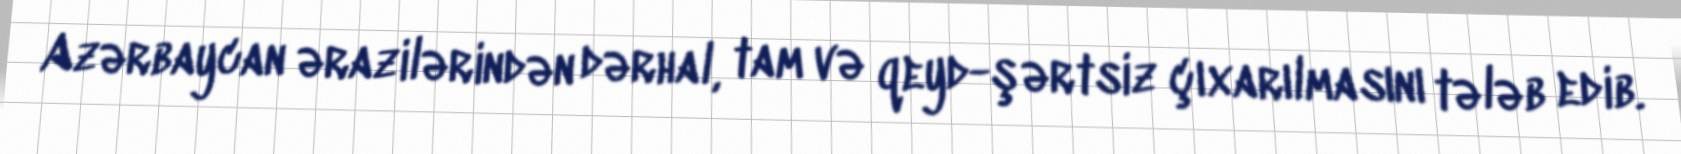
Azərbaycan ərazilərindən dərhal, tam və qeyd-şərtsiz çıxarılmasını tələb edib.